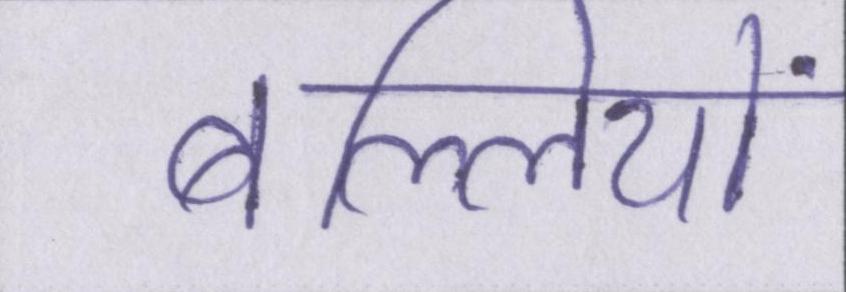
बल्लियों